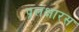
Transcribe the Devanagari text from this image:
प्रलक्षारस